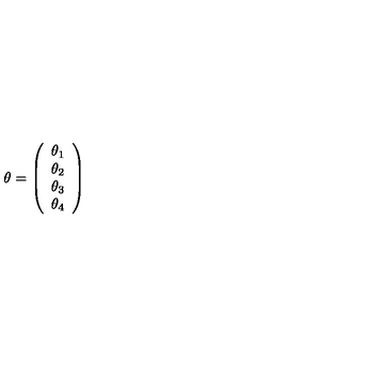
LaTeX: \theta = \left( \begin{array} { c } { \theta _ { 1 } } \\ { \theta _ { 2 } } \\ { \theta _ { 3 } } \\ { \theta _ { 4 } } \\ \end{array} \right)